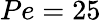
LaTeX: Pe=25